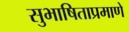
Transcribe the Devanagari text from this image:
सुभाषिताप्रमाणे